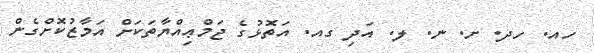
ހއ. ހދ. ށ. ނ. ލ. އަދި ގއ. އަތޮޅުގެ ޖަމްޢިއްޔާތަކަށް އަމާޒުކޮށްގެން